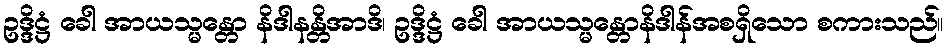
ဥဒ္ဒိဋ္ဌံ ခေါ အာယသ္မန္တော နိဒါနန္တိအာဒိ၊ ဥဒ္ဒိဋ္ဌံ ခေါ အာယသ္မန္တောနိဒါန်အစရှိသော စကားသည်။